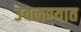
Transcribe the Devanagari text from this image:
उचलण्‍यात